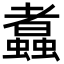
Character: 䘄